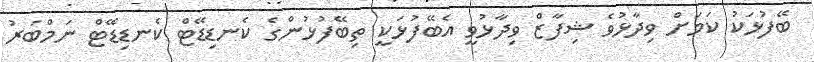
ބޭފުޅަކު ކަމަށް ވިދާޅުވެ ޝިފާޒް ވިދާޅުވީ އެބޭފުޅަކީ ތިބޭފުޅުންގެ ކެނޑިޑޭޓް ކެނޑިޑޭޓް ނަމްބަރު